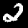
Label: 2